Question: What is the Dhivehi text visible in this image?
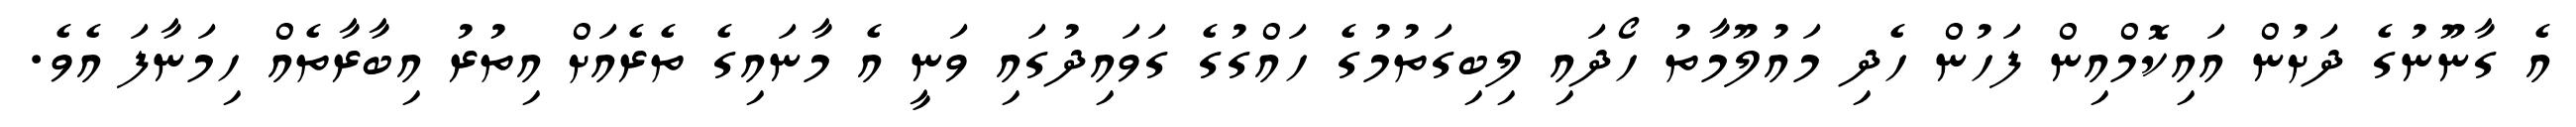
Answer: އެ ގާނޫނުގެ ދަށުން އައިކޮމްއިން ފަހުން ހެދި މައުލޫމާތު ހޯދައި ލިބިގަތުމުގެ ހައްގުގެ ގަވައިދުގައި ވަނީ އެ މާނައިގެ ތެރެއަށް އިތުރު އިބާރާތެއް ހިމަނާފަ އެވެ.